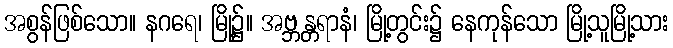
အစွန်ဖြစ်သော။ နဂရေ၊ မြို့၌။ အဗ္ဘန္တရာနံ၊ မြို့တွင်း၌ နေကုန်သော မြို့သူမြို့သား